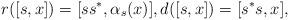
LaTeX: \begin{align*}r([s,x]) = [ss^*, \alpha_s(x)], d([s, x]) = [s^*s, x],\end{align*}